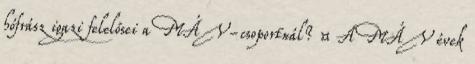
hófrász igazi felelősei a MÁV-csoportnál? ¤ A MÁV évek